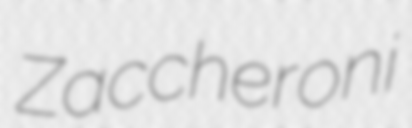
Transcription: Zaccheroni